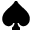
\spadesuit